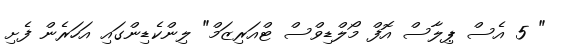
" 5 އެސް ޕިލާސް އޮފް މޯލްޑިވްސް ޓްއަރިޒަމް" ލިންކެޑިންގައި އަހަރެން ފެށި